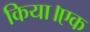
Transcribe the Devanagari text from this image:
किया।एक